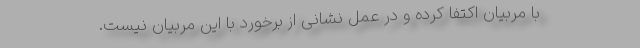
با مربیان اکتفا کرده و در عمل نشانی از برخورد با این مربیان نیست.